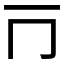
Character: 𰀃